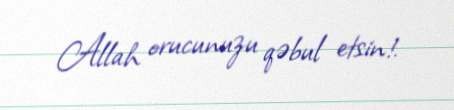
Allah orucunuzu qəbul etsin!.